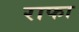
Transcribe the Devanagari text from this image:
राफा